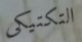
التكتيكي